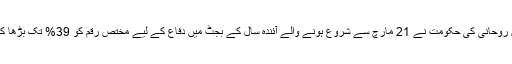
دوسری جانب ایرانی صدر حسن روحانی کی حکومت نے 21 مارچ سے شروع ہونے والے آئندہ سال کے بجٹ میں دفاع کے لیے مختص رقم کو 39% تک بڑھا کر تقریبا 10.3 ارب ڈالر کر دیا۔